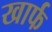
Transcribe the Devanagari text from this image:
खार्फ